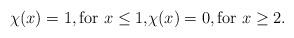
LaTeX: \begin{align*}\chi(x)=1, \mbox{for $x\le 1$,}\chi(x)=0, \mbox{for $x\ge 2$.}\end{align*}